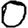
Digit: 0